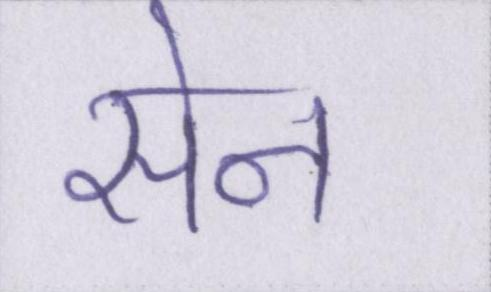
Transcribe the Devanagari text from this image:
सेन